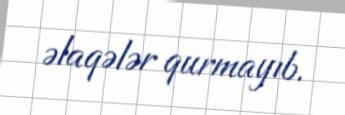
əlaqələr qurmayıb.